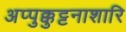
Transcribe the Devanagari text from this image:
अप्पुक्कुट्टनाशारि